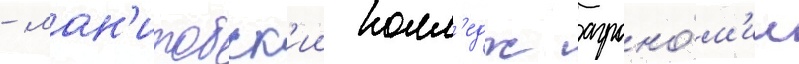
- ман'итобск'ии колл'едж агроно́м'ии